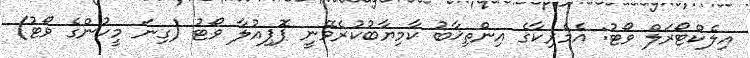
އިލެކްޓޯރަލް ވޯޓު: އެމެރިކާގެ އިންތިޚާބު ކާމިޔާބުކުރެވޭނީ ޕޮޕިއުލާ ވޯޓު (ގިނަ މީހުންގެ ވޯޓު)